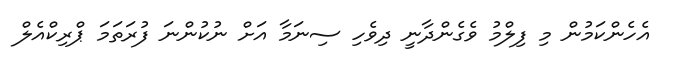
އެހެންކަމުން މި ފިލްމު ވެގެންދާނީ ދިވެހި ސިނަމާ އަށް ނުކުންނަ ފުރަތަމަ ޕްރިކްއެލް